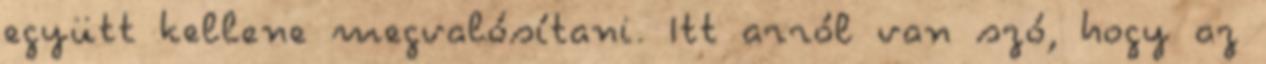
együtt kellene megvalósítani. Itt arról van szó, hogy az